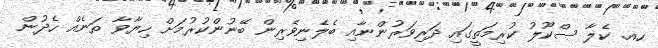
ހއ. ކެލާ ސްކޫލު ކުރިމަތީގައި ދަރިވަރުންނާއި ބެލެނިވެރިން ބޭނުންކުރުމަށް ހިޔާވާ ތަނެއް ހެދުން